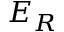
E _ { R }